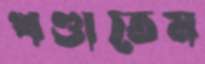
খণ্ডাতেম